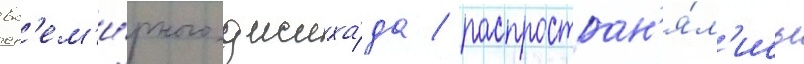
вс'ем'и́рного джиха́да / распростран'я́л'ись